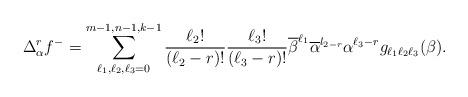
LaTeX: \begin{align*}\Delta_{\alpha}^{r}f^{-} &= \sum_{\ell_{1},\ell_{2},\ell_{3}=0}^{m-1,n-1,k-1}\frac{\ell_{2}!}{(\ell_{2}-r)!}\frac{\ell_{3}!}{(\ell_{3}-r)!} \overline{\beta}^{\ell_{1}} \overline{\alpha}^{l_{2-r}}\alpha^{\ell_{3}-r} g_{\ell_{1}\ell_{2}\ell_{3}}(\beta).\end{align*}